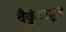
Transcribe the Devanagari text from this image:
वैकुंठाहून